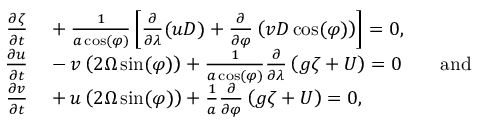
\begin{array} { r l } { { \frac { \partial \zeta } { \partial t } } } & { { } + { \frac { 1 } { a \cos ( \varphi ) } } \left[ { \frac { \partial } { \partial \lambda } } ( u D ) + { \frac { \partial } { \partial \varphi } } \left( v D \cos ( \varphi ) \right) \right] = 0 , } \\ { { \frac { \partial u } { \partial t } } } & { { } - v \left( 2 \Omega \sin ( \varphi ) \right) + { \frac { 1 } { a \cos ( \varphi ) } } { \frac { \partial } { \partial \lambda } } \left( g \zeta + U \right) = 0 \qquad { \mathrm { a n d } } } \\ { { \frac { \partial v } { \partial t } } } & { { } + u \left( 2 \Omega \sin ( \varphi ) \right) + { \frac { 1 } { a } } { \frac { \partial } { \partial \varphi } } \left( g \zeta + U \right) = 0 , } \end{array}